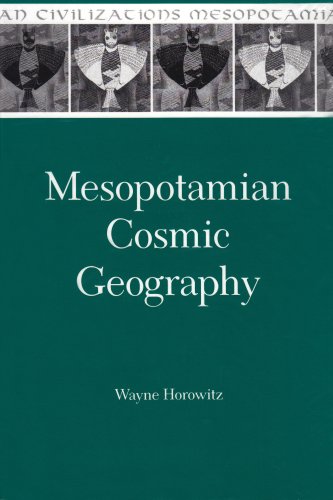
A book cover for Mesopotamian Cosmic Geography (Mesopotamian Civilizations, 8); Wayne Horowitz; History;